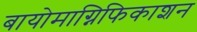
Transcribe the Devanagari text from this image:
बायोमाग्निफिकाशन